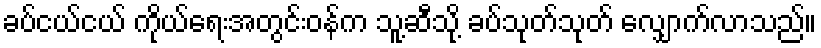
ခပ်ငယ်ငယ် ကိုယ်ရေးအတွင်းဝန်က သူ့ဆီသို့ ခပ်သုတ်သုတ် လျှောက်လာသည်။